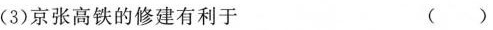
(3)京张高铁的修建有利于 ()